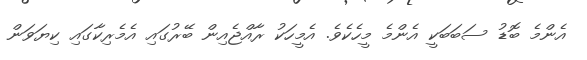
އެންމެ ބޮޑު ސަބަބަކީ އެންމެ މީހެކެވެ. އެމީހަކު ރާއްޖެއިން ބޭރުގައި އެމެރިކާގައި ކިޔަވަން